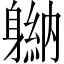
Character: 𬧮